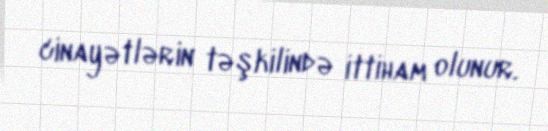
cinayətlərin təşkilində ittiham olunur.